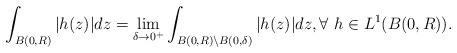
LaTeX: \begin{align*}\int_{B(0,R)} |h(z)| dz = \lim_{\delta \rightarrow 0^+} \int_{B(0,R) \backslash B(0, \delta)}|h(z)| dz, \forall \ h \in L^1(B(0,R)).\end{align*}